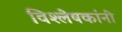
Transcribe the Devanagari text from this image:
विश्लेषकांनी